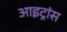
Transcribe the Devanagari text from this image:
आइट्रांस